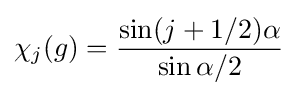
\chi _{j}(g)={\sin(j+{1/2})\alpha  \over \sin \alpha /2}